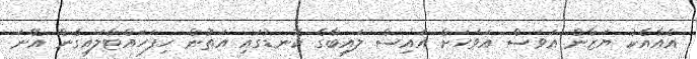
އެއާއެކު ޔަޒާން އަވަސް އަވަހަށް އައިސް ލައިބާގެ ކޮނޑުގައި އަތުން ހިފަހައްޓާލައިގެން އޭނަ